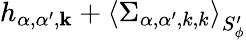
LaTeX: h_{\alpha,\alpha^{\prime},\mathbf{k}}+\left<\Sigma_{\alpha,\alpha^{\prime},{k},{k}}\right>_{S_{\phi}^{\prime}}